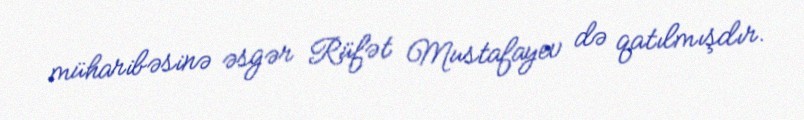
müharibəsinə əsgər Rüfət Mustafayev də qatılmışdır.